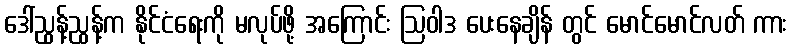
ဒေါ်ညွန့်ညွန့်က နိုင်ငံရေးကို မလုပ်ဖို့ အကြောင်း ဩဝါဒ ပေးနေချိန် တွင် မောင်မောင်လတ် ကား